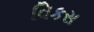
વિકસ